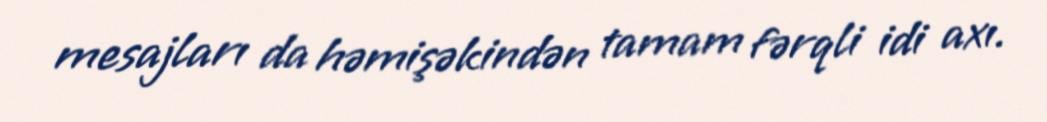
mesajları da həmişəkindən tamam fərqli idi axı.